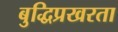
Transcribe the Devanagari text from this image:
बुद्धिप्रखरता